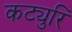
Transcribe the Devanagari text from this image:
कट्युरि